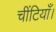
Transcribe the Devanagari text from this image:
चींटियाँ।